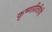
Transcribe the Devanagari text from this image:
कृष्णप्रीतीची